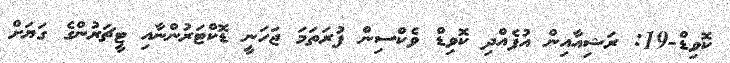
ކޮވިޑް-19: ރަޝިއާއިން އުފެއްދި ކޮވިޑް ވެކްސިން ފުރަތަމަ ޖަހަނީ ޑޮކްޓަރުންނާއި ޓީޗަރުންގެ ގަޔަށް